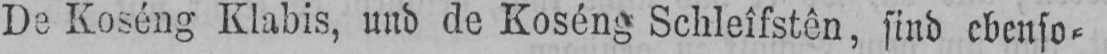
De Koséng Klabis, und de Koséng Schleîfstên, sind ebenso⸗